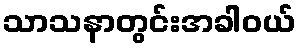
သာသနာတွင်းအခါဝယ်